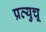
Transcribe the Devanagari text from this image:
प्रत्युचू